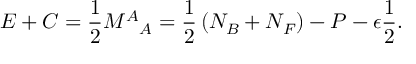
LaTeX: E + C = \frac { 1 } { 2 } { M ^ { A } } _ { A } = \frac { 1 } { 2 } \left( N _ { B } + N _ { F } \right) - P - \epsilon \frac { 1 } { 2 } .